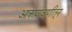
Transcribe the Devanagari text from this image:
आकाशवाणीतून